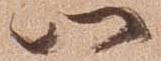
以